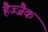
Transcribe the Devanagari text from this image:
हैज्जैक